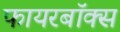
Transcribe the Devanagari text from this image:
फायरबॉक्स